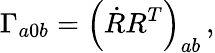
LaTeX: \Gamma_{a0b}=\left(\dot{R}R^{T}\right)_{ab}\, ,